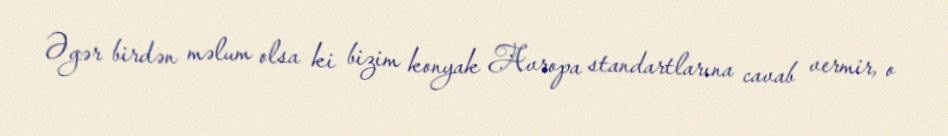
Əgər birdən məlum olsa ki bizim konyak Avropa standartlarına cavab vermir, o